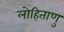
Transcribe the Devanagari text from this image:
लोहिताणु